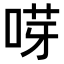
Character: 𠵝